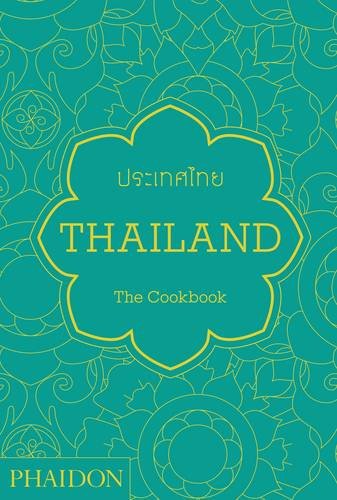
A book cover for Thailand: The Cookbook; Jean-Pierre Gabriel; Cookbooks, Food & Wine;